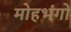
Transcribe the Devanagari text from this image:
मोहभंगों